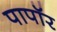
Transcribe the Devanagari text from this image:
पापॉर